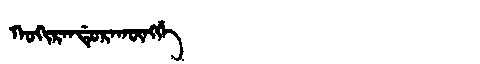
Manchu: ᡴᠣᡴᡳᡵᠠᠨᡩᡠᡵᠠᡴᡡᠩᡤᡝ
Romanization: KOKIRANDURAKŪNGGE